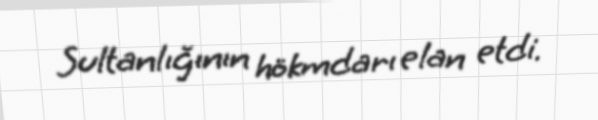
Sultanlığının hökmdarı elan etdi.